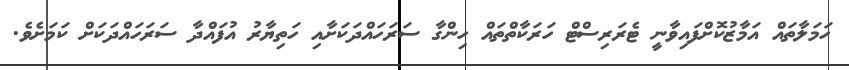
ހަމަލާތައް އަމާޒުކޮށްފައިވާނީ ޓެރަރިސްޓް ހަރަކާތްތައް ހިންގާ ސަރަހައްދަކަށާއި ހަތިޔާރު އުފައްދާ ސަރަހައްދަކަށް ކަމަށެވެ.